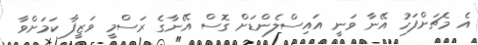
އެ މެޗަށްފަހު އޭނާ ވަނީ އައިސްލެންޑަށް ގޮސް އޭނާގެ ރަސްމީ ވަޒީފާ ކަމަށްވާ